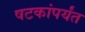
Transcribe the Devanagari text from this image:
षटकांपर्यंत